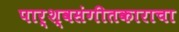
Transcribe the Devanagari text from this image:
पार्श्वसंगीतकाराचा